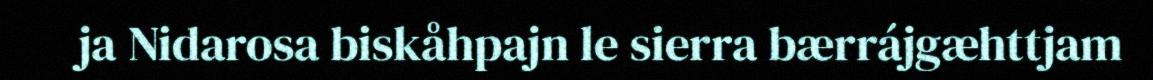
ja Nidarosa biskåhpajn le sierra bærrájgæhttjam